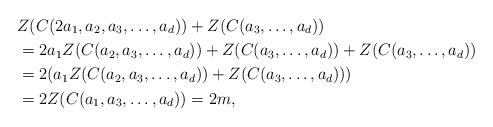
LaTeX: \begin{align*}& Z(C(2a_1,a_2,a_3,\ldots,a_d))+ Z(C(a_3,\ldots,a_d))\\&= 2a_1Z(C(a_2,a_3,\ldots,a_d))+ Z(C(a_3,\ldots,a_d))+ Z(C(a_3,\ldots,a_d))\\&= 2(a_1Z(C(a_2,a_3,\ldots,a_d))+ Z(C(a_3,\ldots,a_d)))\\&= 2Z(C(a_1,a_3,\ldots,a_d))=2m,\end{align*}